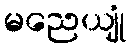
မညေယျုံ